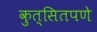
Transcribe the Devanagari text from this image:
कुत्सितपणे